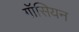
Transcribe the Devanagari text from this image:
गॉसियन